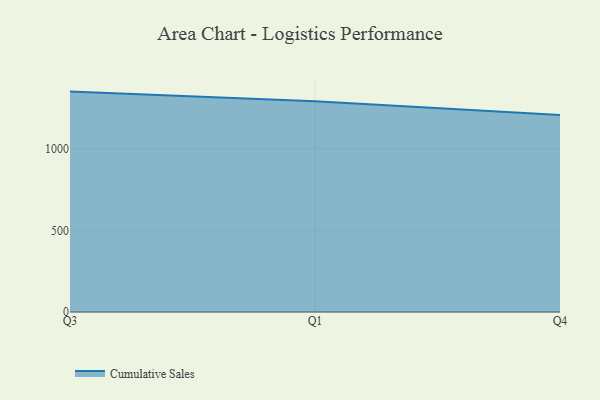
{"axis": {"x": "Quarter", "y": "Churn Rate (%)"}, "legend": ["Cumulative Sales"], "data": [{"x": "Q3", "y": 1348.8, "type": "Cumulative Sales"}, {"x": "Q1", "y": 1289.2, "type": "Cumulative Sales"}, {"x": "Q4", "y": 1206.0, "type": "Cumulative Sales"}]}